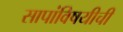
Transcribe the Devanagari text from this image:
सापांविषयीची